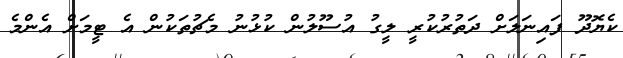
ކެޔޮދޫ ފައިނަލަށް ދަތުރުކުރީ ލީގު އުސޫލުން ކުޅުނު މެޗުތަކުން އެ ޓީމަށް އެންމެ